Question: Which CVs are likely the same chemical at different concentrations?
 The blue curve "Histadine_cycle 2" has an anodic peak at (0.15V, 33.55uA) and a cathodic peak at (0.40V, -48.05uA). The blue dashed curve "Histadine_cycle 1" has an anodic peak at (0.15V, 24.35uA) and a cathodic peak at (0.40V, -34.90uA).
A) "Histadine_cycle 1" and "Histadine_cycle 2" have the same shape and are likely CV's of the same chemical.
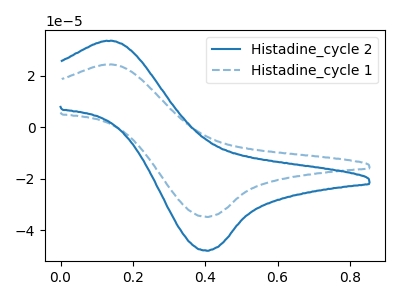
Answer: <think>All the peaks in "Histadine_cycle 2" have a peak in "Histadine_cycle 1" at the same potential. Every peak in "Histadine_cycle 2" is higher than every peak in "Histadine_cycle 1".
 </think>
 <answer>A) "Histadine_cycle 1" and "Histadine_cycle 2" have the same shape and are likely CV's of the same chemical.</answer>
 <eval>A</eval>